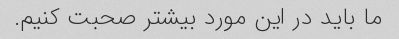
ما باید در این مورد بیشتر صحبت کنیم.